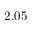
2 . 0 5